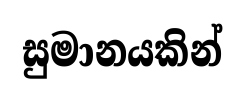
සුමානයකින්